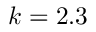
k = 2 . 3